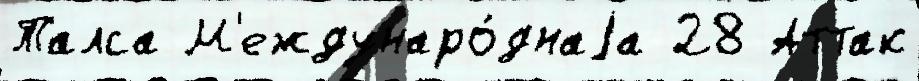
Талса М'еждунаро́днаjа 28 Аттак